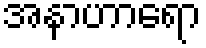
အနာဟာရော